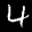
Label: 4